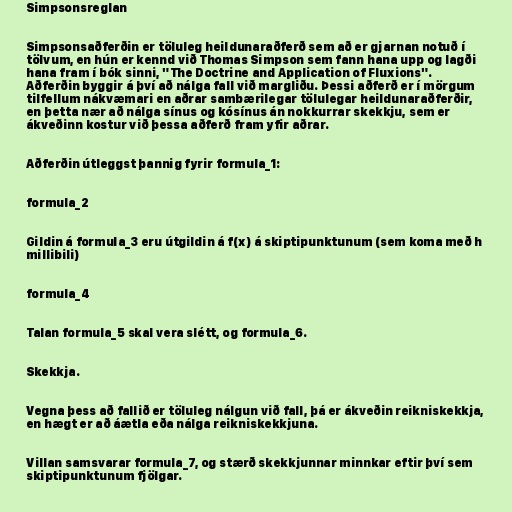
Simpsonsreglan

Simpsonsaðferðin er töluleg heildunaraðferð sem að er gjarnan notuð í
tölvum, en hún er kennd við Thomas Simpson sem fann hana upp og lagði
hana fram í bók sinni, "The Doctrine and Application of Fluxions".
Aðferðin byggir á því að nálga fall við margliðu. Þessi aðferð er í mörgum
tilfellum nákvæmari en aðrar sambærilegar tölulegar heildunaraðferðir,
en þetta nær að nálga sínus og kósínus án nokkurrar skekkju, sem er
ákveðinn kostur við þessa aðferð fram yfir aðrar.

Aðferðin útleggst þannig fyrir formula_1:

formula_2

Gildin á formula_3 eru útgildin á f(x) á skiptipunktunum (sem koma með h
millibili)

formula_4

Talan formula_5 skal vera slétt, og formula_6.

Skekkja.

Vegna þess að fallið er töluleg nálgun við fall, þá er ákveðin reikniskekkja,
en hægt er að áætla eða nálga reikniskekkjuna.

Villan samsvarar formula_7, og stærð skekkjunnar minnkar eftir því sem
skiptipunktunum fjölgar.